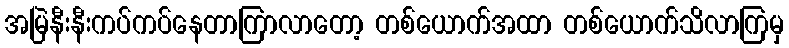
အမြဲနီးနီးကပ်ကပ်နေတာကြာလာတော့ တစ်ယောက်အထာ တစ်ယောက်သိလာကြမှ